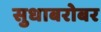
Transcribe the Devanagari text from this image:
सुधाबरोबर